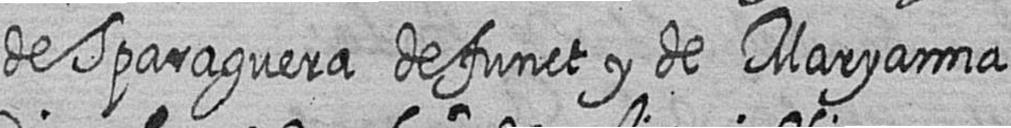
de Sparaguera defunct y de Maryanna